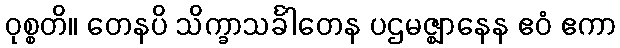
ဝုစ္စတိ။ တေနပိ သိက္ခာသင်္ခါတေန ပဌမဇ္ဈာနေန ဧဝံ ဧကာ